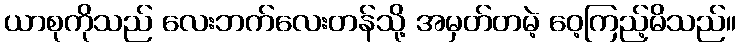
ယာစုကိုသည် လေးဘက်လေးတန်သို့ အမှတ်တမဲ့ ဝေ့ကြည့်မိသည်။